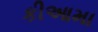
કીઆમા